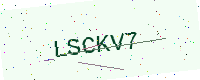
Text: LSCKV7